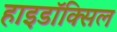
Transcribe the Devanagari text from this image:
हाइडॉक्सिल